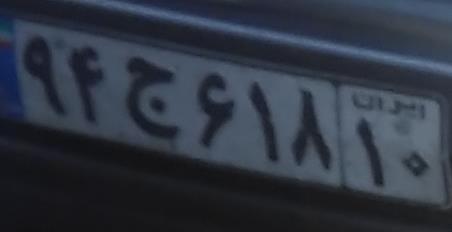
۹۴ج۶۱۸۱۰